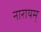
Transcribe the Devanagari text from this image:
नारायम्